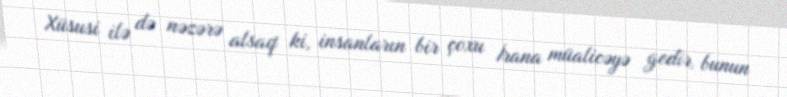
Xüsusi ilə də nəzərə alsaq ki, insanların bir çoxu İrana müalicəyə gedir, bunun